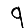
Digit: 9